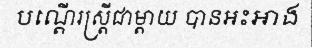
បណ្តើរស្ត្រីជាម្តាយ បានអះអាង